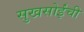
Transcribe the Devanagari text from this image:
सुखसोईंची